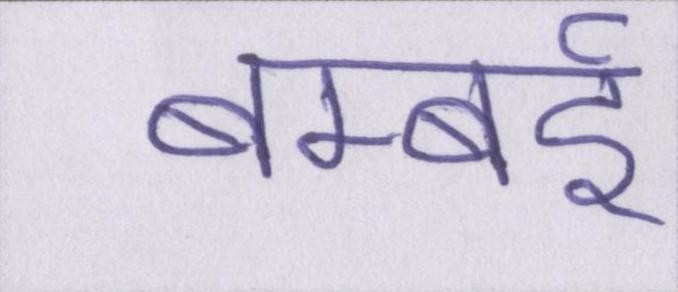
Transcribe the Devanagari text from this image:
बम्बर्इ